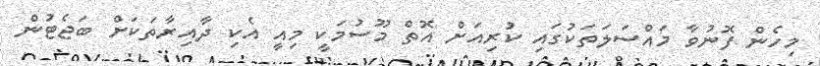
މިހެން ފޮނުވާ މައްސަލަތަކުގައި ކުރިއަށް އޮތް މޫސުމަކީ މިއީ އެކި ދާއިރާތަކަށް ބަޖެޓުން